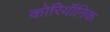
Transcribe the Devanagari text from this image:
कोरियॉनिक